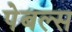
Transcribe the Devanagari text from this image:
पेबल्स